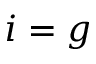
i = g